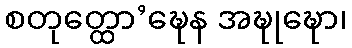
စတုတ္ထော’ဍ္ဎေန အဍ္ဎုဍ္ဎော၊